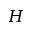
H